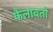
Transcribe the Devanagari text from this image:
फैलावतो